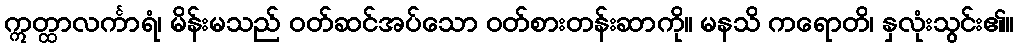
ဣတ္ထာလင်္ကာရံ၊ မိန်းမသည် ဝတ်ဆင်အပ်သော ဝတ်စားတန်းဆာကို။ မနသိ ကရောတိ၊ နှလုံးသွင်း၏။